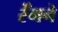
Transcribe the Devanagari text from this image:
रेँगने